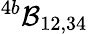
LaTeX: ^{4b}{\cal B}_{12,34}